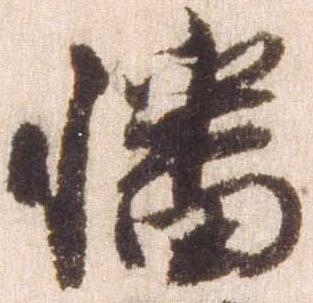
幡